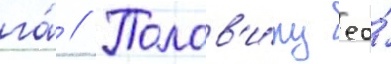
га́ // Полов'и́ну ео́